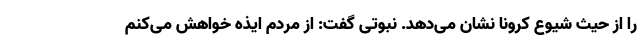
را از حیث شیوع کرونا نشان می‌دهد. نبوتی گفت: از مردم ایذه خواهش می‌کنم